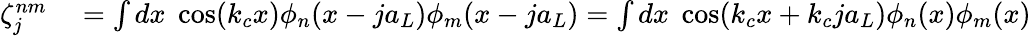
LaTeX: \begin{array}{rl}{\zeta_{j}^{nm}}&{{}=\int dx\; \cos(k_{c}x)\phi_{n}(x-ja_{L})\phi_{m}(x-ja_{L})=\int dx\; \cos(k_{c}x+k_{c}ja_{L})\phi_{n}(x)\phi_{m}(x)}\end{array}